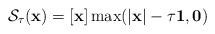
LaTeX: \begin{align*}\mathcal{S}_{\tau}(\mathbf{x}) = [\mathbf{x}]\max(|\mathbf{x}|-\tau \mathbf{1},\mathbf{0}) \end{align*}